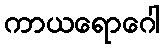
ကာယရောဂေါ